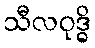
သီလဝုဒ္ဓိ